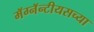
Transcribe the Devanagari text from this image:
मॅग्नॅन्टीयसच्या